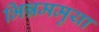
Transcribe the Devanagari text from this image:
भिन्नममुया